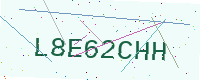
Text: L8E62CHH